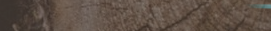
خدمة توصيل طلباتكم من جمي